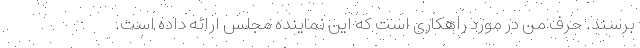
برسند. حرف من در مورد راهکاری است که این نماینده مجلس ارائه داده است.